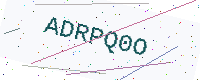
Text: ADRPQ0O